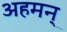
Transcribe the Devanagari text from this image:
अहमन्